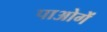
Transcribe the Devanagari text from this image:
पाओगें